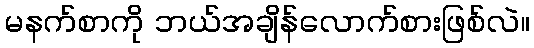
မနက်စာကို ဘယ်အချိန်လောက်စားဖြစ်လဲ။